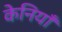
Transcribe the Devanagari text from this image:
केनियाँ